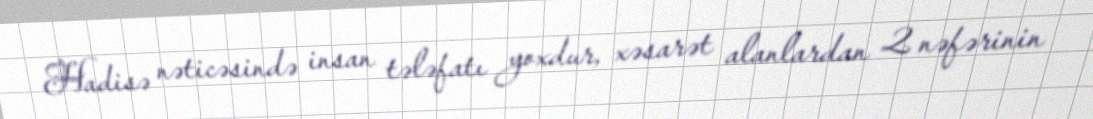
Hadisə nəticəsində insan tələfatı yoxdur, xəsarət alanlardan 2 nəfərinin